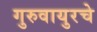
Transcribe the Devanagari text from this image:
गुरुवायुरचे